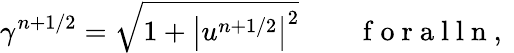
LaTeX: \gamma^{n+1/2}=\sqrt{1+\bigl|u^{n+1/2}\bigr|^{2}}\qquad\mathrm{~f~o~r~a~l~l~n~,~}